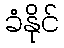
ခံနိုင်